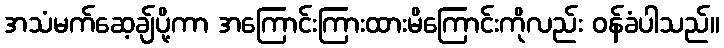
အသံမက်ဆေ့ချ်ပို့ကာ အကြောင်းကြားထားမိကြောင်းကိုလည်း ဝန်ခံပါသည်။